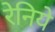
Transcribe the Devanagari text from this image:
रेनिये